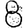
Digit: 8